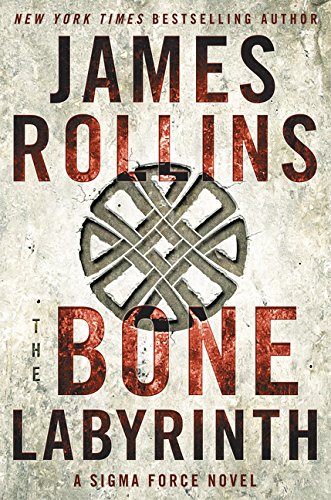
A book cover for The Bone Labyrinth: A Sigma Force Novel (Sigma Force Novels); James Rollins; Mystery, Thriller & Suspense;